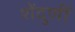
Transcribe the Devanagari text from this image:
शेंदुर्णी